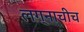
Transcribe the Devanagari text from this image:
लग्नाचीच